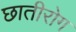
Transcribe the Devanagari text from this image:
छातीरोग